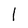
Character: I